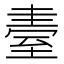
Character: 𦥂